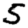
Digit: 5